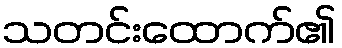
သတင်းထောက်၏